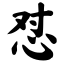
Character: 怼